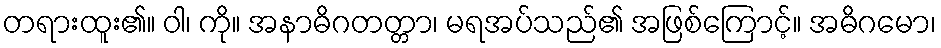
တရားထူး၏။ ဝါ၊ ကို။ အနာဓိဂတတ္တာ၊ မရအပ်သည်၏ အဖြစ်ကြောင့်။ အဓိဂမော၊